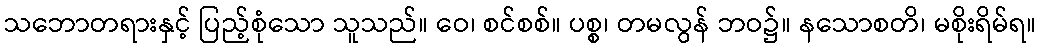
သဘောတရားနှင့် ပြည့်စုံသော သူသည်။ ဝေ၊ စင်စစ်။ ပစ္စ၊ တမလွန် ဘဝ၌။ နသောစတိ၊ မစိုးရိမ်ရ။